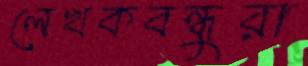
লেখকবন্ধুরা